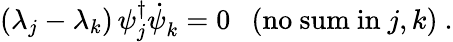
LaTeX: (\lambda_{j}-\lambda_{k})\, \psi_{j}^{\dagger}{\dot{\psi}}_{k}^{}=0~~~\mathrm{(no~sum~in}~j,k\mathrm{)}~.